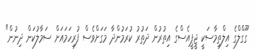
ގޫގްލްގެ އިލްތިމާސަކީ ޖީޕީއެސްގެ އިތުރުން ދަތުރު ކުރަމުންދާ މަގަށްވެސް ފުރިހަމައަށް ސަމާލުކަން ދިނުން"